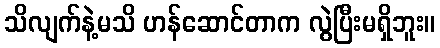
သိလျက်နဲ့မသိ ဟန်ဆောင်တာက လွဲပြီးမရှိဘူး။